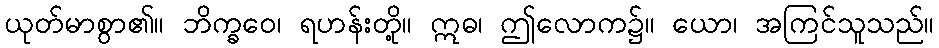
ယုတ်မာစွာ၏။ ဘိက္ခဝေ၊ ရဟန်းတို့။ ဣဓ၊ ဤလောက၌။ ယော၊ အကြင်သူသည်။